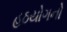
હઠયોગનો